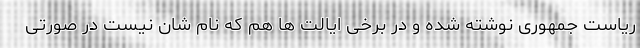
ریاست جمهوری نوشته شده و در برخی ایالت ها هم که نام شان نیست در صورتی